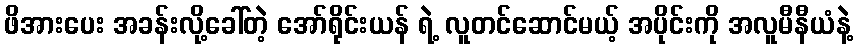
ဖိအားပေး အခန်းလို့ခေါ်တဲ့ အော်ရိုင်းယန် ရဲ့ လူတင်ဆောင်မယ့် အပိုင်းကို အလူမီနီယံနဲ့